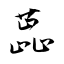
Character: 蕋